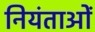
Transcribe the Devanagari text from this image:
नियंताओं